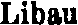
Libau